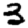
Digit: 3